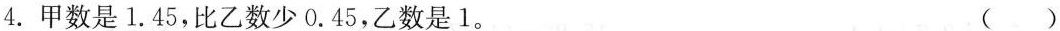
4. 甲数是1.45，比乙数少0.45，乙数是1。 ( )